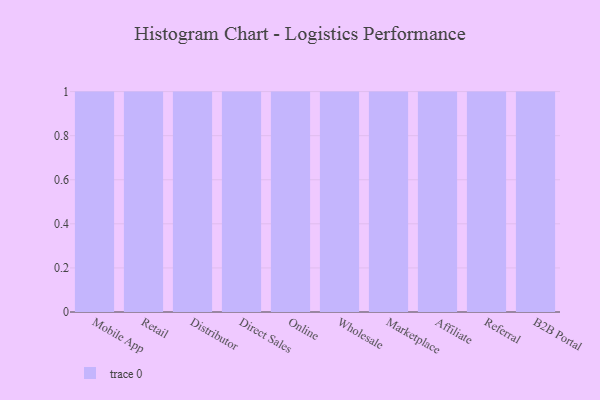
{"axis": {"x": "Channel", "y": "Population (Million)"}, "legend": [""], "data": [{"x": "Mobile App", "y": 85, "type": ""}, {"x": "Retail", "y": 52, "type": ""}, {"x": "Distributor", "y": 72, "type": ""}, {"x": "Direct Sales", "y": 45, "type": ""}, {"x": "Online", "y": 62, "type": ""}, {"x": "Wholesale", "y": 85, "type": ""}, {"x": "Marketplace", "y": 10, "type": ""}, {"x": "Affiliate", "y": 93, "type": ""}, {"x": "Referral", "y": 32, "type": ""}, {"x": "B2B Portal", "y": 53, "type": ""}]}